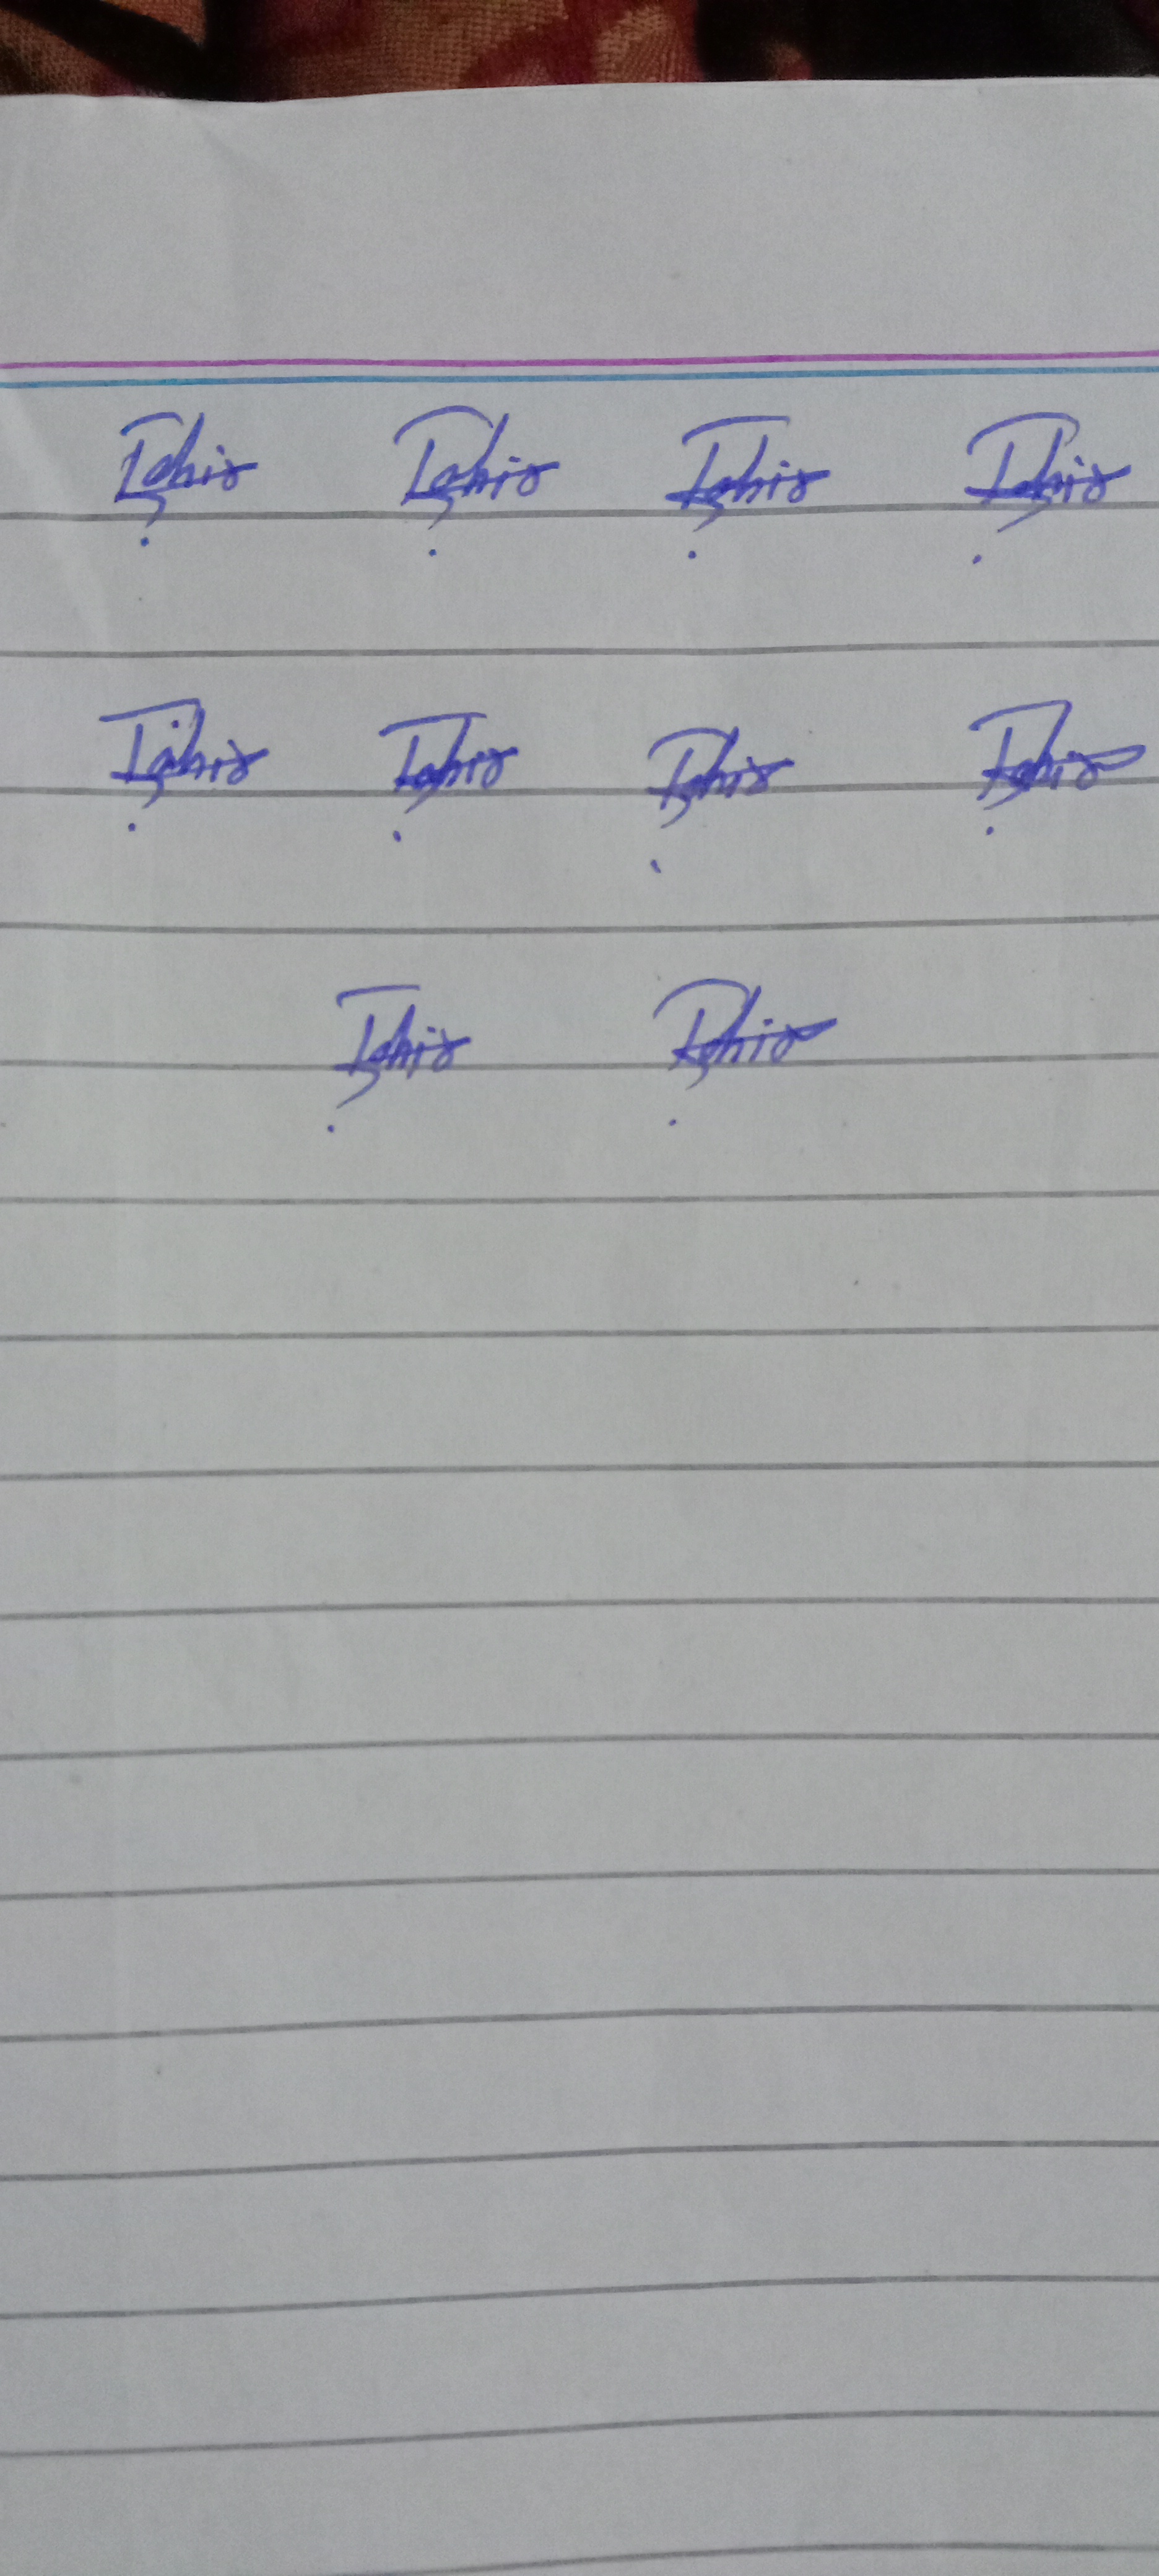
Signature authenticity: genuine